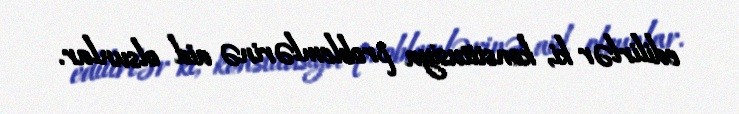
edilirlər ki, konstitusiya problemlərinə aid olsunlar.